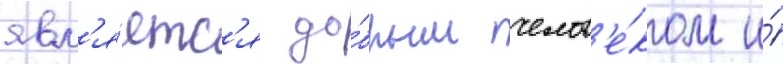
явл'я́етс'я до́брым челов'е́ком и́